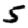
Digit: 5